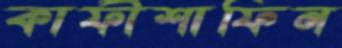
কাফীশাফিন